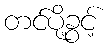
တင်ပို့ခွင့်